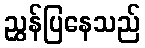
ညွှန်ပြနေသည်